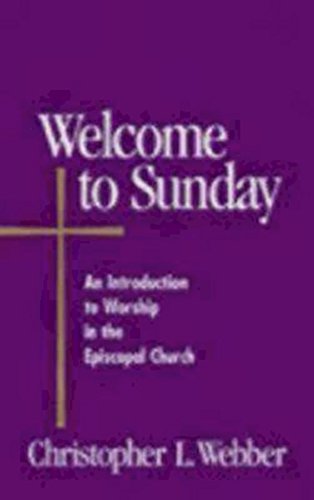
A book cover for Welcome to Sunday: An Introduction to Worship in the Episcopal Church (Welcome to the Episcopal Church); Christopher L. Webber; Christian Books & Bibles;